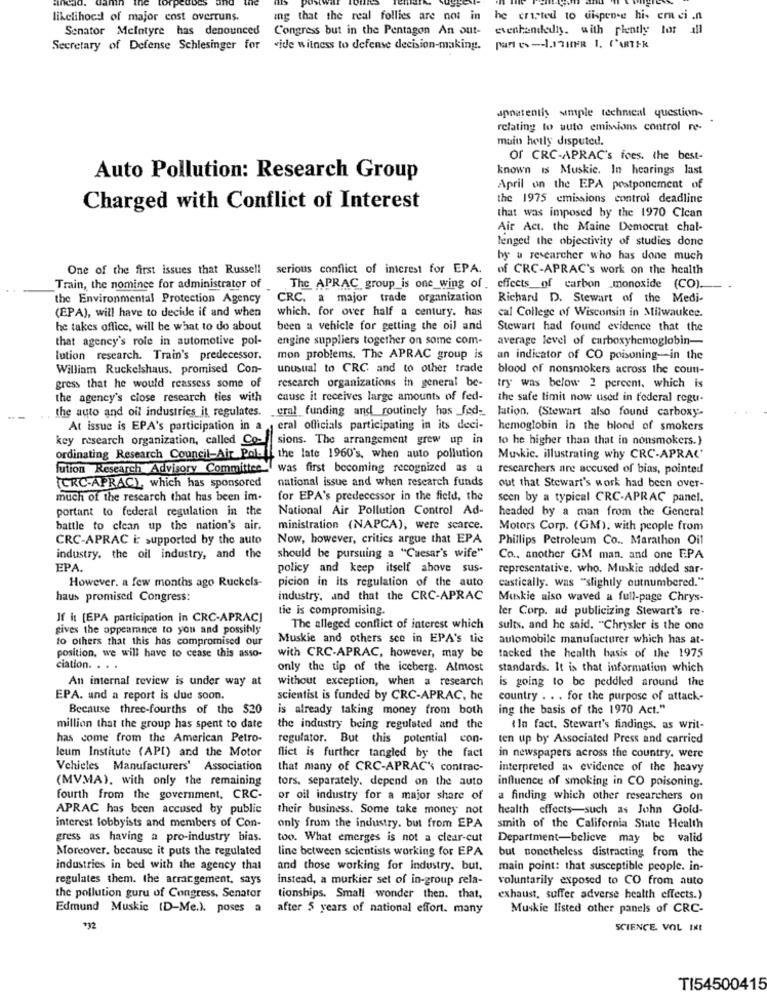
likelihood of major cost overruns.
ing that the real follies are not in he cripted to dispense his emci .n
Senator Melntyre has denounced
Congress but in the Pentagon An out- evenhendediy. with plently tor ill
Secretary of Defense Schlesinger for «ide witness to defense decision-making. part es -- 1.17HIER 1. ('ARTER
spoatentis simple technical question-
relating to auto emissions control re-
muin hetly disputed.
Or CRC-APRAC's foes. the best-
known is Muskic. In hearings last
Auto Pollution: Research Group
April on the EPA postponement of
the 1975 emissions control deadline
Charged with Conflict of Interest
that was imposed by the 1970 Clcan
Air Act. the Maine Democrat chal-
lenged the objectivity of studies donc
by u researcher who has done much
One of the first issues that Russell
serious conflict of interest for EPA. of CRC-APRAC's work on the health
Train, the nominee for administrator of
The APRAC group_is one wing of . effects of carbon monoxide (CO).
the Environmental Protection Agency
CRC, a major trade organization
Richard D. Stewart of the Medi-
which. for over half a century. has
(EPA), will have to decide if and when
cal College of Wisconsin in Milwaukee.
he takes office, will be what to do about
been a vehicle for getting the oil and
Stewart had found evidence that the
that agency's role in automotive pol-
engine suppliers together on some com-
average level of carboxyhemoglobin-
lution research. Train's predecessor.
mon problems. The APRAC group is
an indicator of CO poisoning-in the
William Ruckelshaus, promised Con-
unusual to CRC and to other trade
blood of nonsmokers across the coun-
gress that he would reassess some of
research organizations in general be-
try was below 2 percent, which is
the agency's close research ties with
cause it receives large amounts of fed-
the safe timit now used in federal regu-
the auto and oil industries it regulates.
cral funding and routinely hos _fed- lation. (Stewart also found carboxy
At issue is EPA's participation in a eral officials participating in its deci-
hemoglobin in the blood of smokers
key research organization, called Co-
sions. The arrangement grew up in
to he higher than that in nonsmokers.)
ordinating Research Council-Air Pol-
the late 1960's, when auto pollution
Muskic. illustrating why CRC-APRAC'
lution Research Advisory Committee ( was first becoming recognized as a
researchers are accused of bias, pointed
national issue and when research funds
(CRC-APRAC), which has sponsored
out that Stewart's work had been over-
much of the research that has been im-
for EPA's predecessor in the field, the
seen by a typical CRC-APRAC panel.
portant to federal regulation in the
National Air Pollution Control Ad-
headed by a man from the General
battle to clean up the nation's air.
ministration (NAPCA), were scarce.
Motors Corp. (GM), with people from
CRC-APRAC i: supported by the auto
Now, however, critics argue that EPA
Phillips Petroleum Co .. Marathon Oil
industry. the oil industry, and the
should be pursuing a "Caesar's wife"
Co .. another GM man. and one EPA
EPA.
policy and keep itself above sus-
representative. who. Muskie added sar-
However. a few months ago Ruckels-
picion in its regulation of the auto
castically. was "slightly outnumbered."
haus promised Congress:
industry, and that the CRC-APRAC
Muskie also waved a full-page Chrys-
tie is compromising.
ter Corp. ad publicizing Stewart's re-
If it [EPA participation in CRC-APRAC]
gives the appearance to you and possibly
The alleged conflict of interest which
sults, and he said. "Chrysler is the one
to others that this has compromised our
Muskie and others sce in EPA's tie
automobile manufacturer which has at-
position, we will have to cease this asso-
with CRC-APRAC, however, may be
tacked the health basis of the 1975
ciation. . . .
only the tip of the iceberg. Almost
standards. It is that information which
An internal review is under way at
without exception, when a research
is going to be peddled around the
EPA. und a report is due soon.
scientist is funded by CRC-APRAC, he
country . . . for the purpose of attack-
Because three-fourths of the $20
is already taking money from both
ing the basis of the 1970 Act."
million that the group has spent to date
the industry being regulated and the
(In fact. Stewart's findings, as writ-
has come from the American Petro-
regulator. But this potential con-
ten up by Associated Press and carried
leum Institute (API) and the Motor
flict is further tangled by the fact
in newspapers across the country. were
Vehicles Manufacturers' Association
that many of CRC-APRAC' contrac-
interpreted as evidence of the heavy
(MVMA), with only the remaining
tors, separately. depend on the auto
influence of smoking in CO poisoning.
fourth from the government, CRC-
or oil industry for a major share of
a finding which other researchers on
APRAC has been accused by public
their business. Some take money not
health effects-such as John Gold-
interest lobbyists and members of Con-
only from the industry. but from EPA
smith of the California State Health
gress as having a pro-industry bias.
too. What emerges is not a clear-cut
Department-believe may be valid
Moreover, because it puts the regulated
line between scientists working for EPA
but nonetheless distracting from the
industries in bed with the agency that
and those working for industry. but.
main point: that susceptible people. in-
regulates them. the arrangement, says
instead, a murkier set of in-group rela-
voluntarily exposed to CO from auto
the pollution guru of Congress, Senator
tionships. Small wonder then. that.
exhaust, suffer adverse health effects.)
Edmund Muskic (D-Me.). poses a after 5 years of national effort. many
Muskie listed other panels of CRC-
SCIENCE. VOL INI
TI54500415